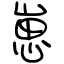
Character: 崽